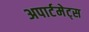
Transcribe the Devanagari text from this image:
अपार्टमेट्स